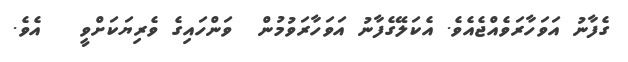
ގެފާނު އަވަހާރަވެއްޖެއެވެ. އެކަލޭގެފާނު އަވަހާރަވުމުން  ވަންހައިގެ ވެރިޔަކަށްވީ   އެވެ.